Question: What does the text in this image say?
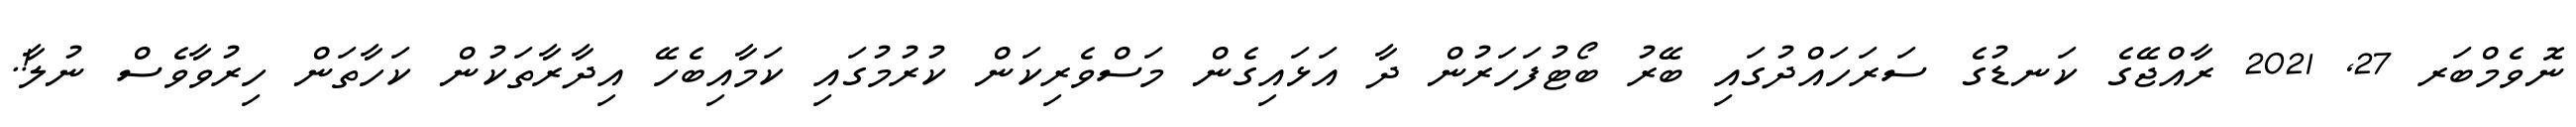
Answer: ނޮވެމްބަރ 27, 2021 ރާއްޖޭގެ ކަނޑުގެ ސަރަހައްދުގައި ބޭރު ބޯޓުފަހަރުން ދާ އަޅައިގެން މަސްވެރިކަން ކުރުމުގައި ކަމާއިބެހޭ އިދާރާތަކުން ކަހާތަން ހިރުވާވެސް ނުލާ!.